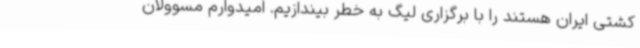
کشتی ایران هستند را با برگزاری لیگ به خطر بیندازیم. امیدوارم مسوولان